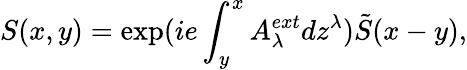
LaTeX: S(x,y)=\exp(ie\int_{y}^{x}A_{\lambda}^{ext}dz^{\lambda})\tilde{S}(x-y),